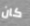
كان